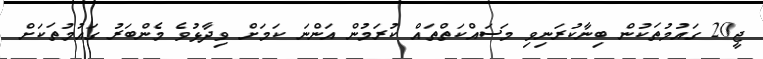
ޖީ20 ގައުމުތަކުން ބިނާކުރަނިވި މަސައްކަތްތައް ކުރަމުން އަންނަ ކަމަށް ވިދާޅުވެ މެންބަރު ގައުމުތަކަށް